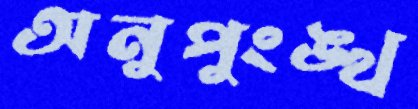
অনুপুংঙ্খ